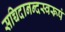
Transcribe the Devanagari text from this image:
सच्चिदानन्दस्वरूपं